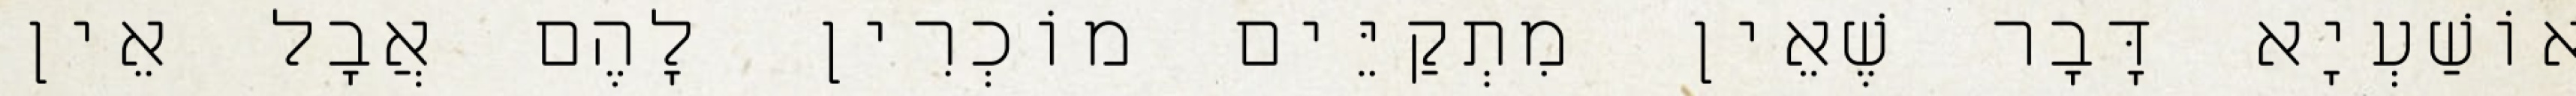
אוֹשַׁעְיָא דָּבָר שֶׁאֵין מִתְקַיֵּים מוֹכְרִין לָהֶם אֲבָל אֵין